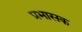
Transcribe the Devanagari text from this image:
प्रभासक